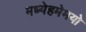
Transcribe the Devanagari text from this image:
मध्येहमेमयो